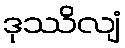
ဒုဿိလျံ